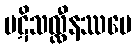
ပဋိသလ္လီနဿပေ